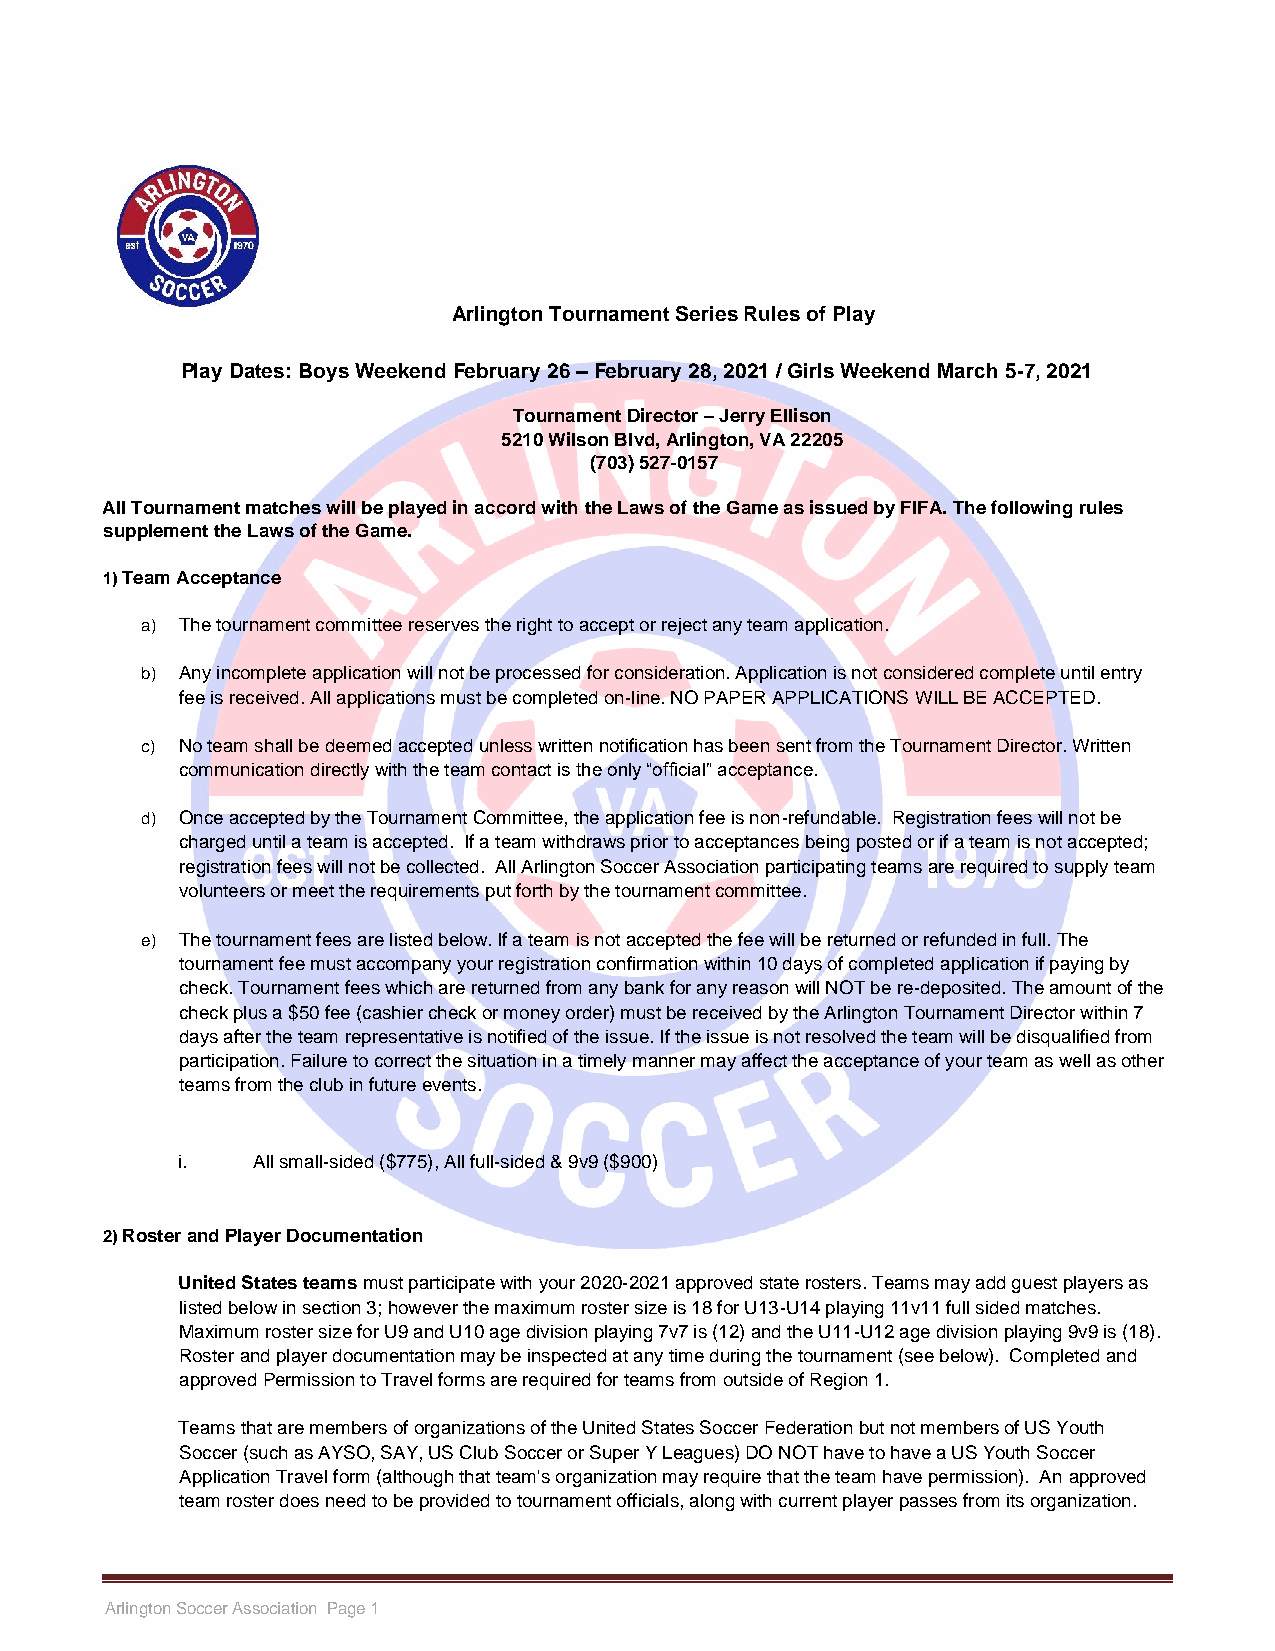
Arlington Tournament Series Rules of Play
 Play Dates: Boys Weekend February 26 – February 28, 2021 / Girls Weekend March 5-7, 2021
 Tournament Director – Jerry Ellison
 5210 Wilson Blvd, Arlington, VA 22205
 (703) 527-0157
 All Tournament matches will be played in accord with the Laws of the Game as issued by FIFA. The following rules
 supplement the Laws of the Game.
 1) Team Acceptance
 a) The tournament committee reserves the right to accept or reject any team application.
 b) Any incomplete application will not be processed for consideration. Application is not considered complete until entry
 fee is received. All applications must be completed on-line. NO PAPER APPLICATIONS WILL BE ACCEPTED.
 c) No team shall be deemed accepted unless written notification has been sent from the Tournament Director. Written
 communication directly with the team contact is the only “official” acceptance.
 d) Once accepted by the Tournament Committee, the application fee is non-refundable. Registration fees will not be
 charged until a team is accepted. If a team withdraws prior to acceptances being posted or if a team is not accepted;
 registration fees will not be collected. All Arlington Soccer Association participating teams are required to supply team
 volunteers or meet the requirements put forth by the tournament committee.
 e) The tournament fees are listed below. If a team is not accepted the fee will be returned or refunded in full. The
 tournament fee must accompany your registration confirmation within 10 days of completed application if paying by
 check. Tournament fees which are returned from any bank for any reason will NOT be re-deposited. The amount of the
 check plus a $50 fee (cashier check or money order) must be received by the Arlington Tournament Director within 7
 days after the team representative is notified of the issue. If the issue is not resolved the team will be disqualified from
 participation. Failure to correct the situation in a timely manner may affect the acceptance of your team as well as other
 teams from the club in future events.
 i.   All small-sided ($775), All full-sided & 9v9 ($900)
 2) Roster and Player Documentation
 United States teams must participate with your 2020-2021 approved state rosters. Teams may add guest players as
 listed below in section 3; however the maximum roster size is 18 for U13-U14 playing 11v11 full sided matches.
 Maximum roster size for U9 and U10 age division playing 7v7 is (12) and the U11-U12 age division playing 9v9 is (18).
 Roster and player documentation may be inspected at any time during the tournament (see below). Completed and
 approved Permission to Travel forms are required for teams from outside of Region 1.
 Teams that are members of organizations of the United States Soccer Federation but not members of US Youth
 Soccer (such as AYSO, SAY, US Club Soccer or Super Y Leagues) DO NOT have to have a US Youth Soccer
 Application Travel form (although that team's organization may require that the team have permission). An approved
 team roster does need to be provided to tournament officials, along with current player passes from its organization.
 Arlington Soccer Association Page 1